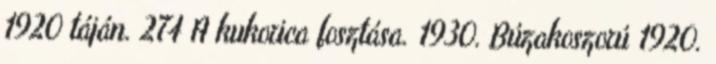
1920 táján. 274 A kukorica fosztása. 1930. Búzakoszorú 1920.